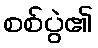
စစ်ပွဲ၏